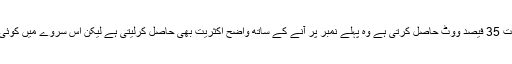
عمومی تاثر یہی ہے کہ جو بھی سیاسی جماعت 35 فیصد ووٹ حاصل کرتی ہے وہ پہلے نمبر پر آنے کے ساتھ واضح اکثریت بھی حاصل کرلیتی ہے لیکن اس سروے میں کوئی بھی پارٹی ایسی پوزیشن میں نظر نہیں آرہی۔